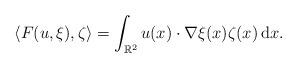
LaTeX: \begin{align*}\langle F(u,\xi),\zeta\rangle=\int_{\mathbb{R}^2}u(x) \cdot \nabla \xi(x) \zeta(x)\, {\rm d}x.\end{align*}